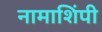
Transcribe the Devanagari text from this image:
नामाशिंपी